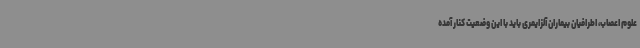
علوم اعصاب، اطرافیان بیماران آلزایمری باید با این وضعیت کنار آمده